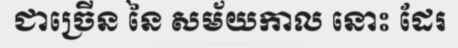
ជាច្រើន នៃ សម័យកាល នោះ ដែរ